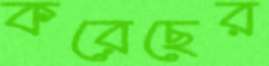
করেছের